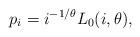
LaTeX: \begin{align*}p_i=i^{-1/\theta}L_0(i,\theta), \end{align*}